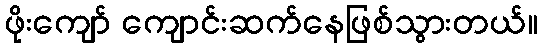
ဖိုးကျော် ကျောင်းဆက်နေဖြစ်သွားတယ်။